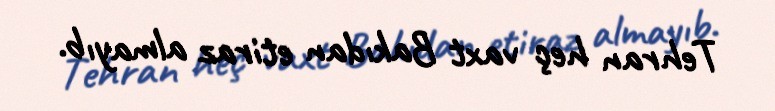
Tehran heç vaxt Bakıdan etiraz almayıb.